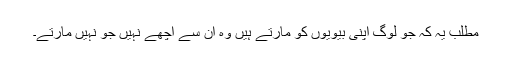
مطلب یہ کہ جو لوگ اپنی بیویوں کو مارتے ہیں وہ ان سے اچھے نہیں جو نہیں مارتے۔